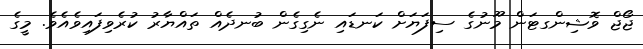
ޖޯޖް ވޮޝިންގޓަން މޫނުގެ ސިފަޔަށް ކަނޑައި ނެގިގެން ބުނދެއް ތައްޔާރު ކުރެވިފައިވެއެވެ. މީގެ